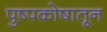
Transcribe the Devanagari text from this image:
पुष्पकोषातून